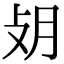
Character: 𢻿